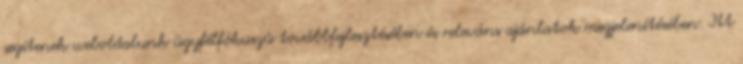
segítenek weboldalunk ügyfélfókuszú továbbfejlesztésében és releváns ajánlatok megjelenítésében. Itt